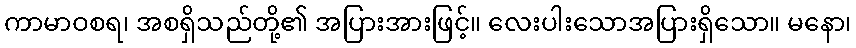
ကာမာဝစရ၊ အစရှိသည်တို့၏ အပြားအားဖြင့်။ လေးပါးသောအပြားရှိသော။ မနော၊